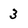
Character: 3